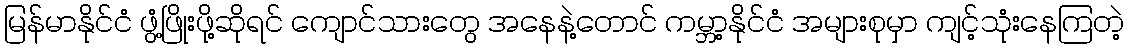
မြန်မာနိုင်ငံ ဖွံ့ဖြိုးဖို့ဆိုရင် ကျောင်သားတွေ အနေနဲ့တောင် ကမ္ဘာ့နိုင်ငံ အများစုမှာ ကျင့်သုံးနေကြတဲ့